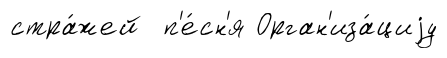
стра́жей п'е́сн'я Орган'иза́циjу